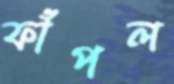
ফাঁপল